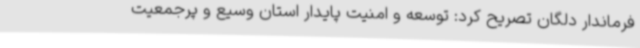
فرماندار دلگان تصریح کرد: توسعه و امنیت پایدار استان وسیع و پرجمعیت